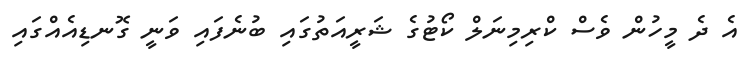
އެ ދެ މީހުން ވެސް ކްރިމިނަލް ކޯޓުގެ ޝަރީއަތުގައި ބުނެފައި ވަނީ ގޮނޑިއެއްގައި